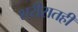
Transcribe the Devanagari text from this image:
शरीरातही